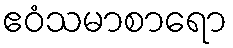
ဧဝံသမာစာရော